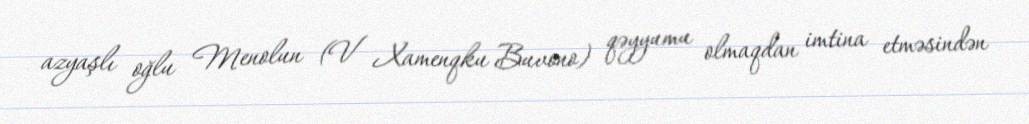
azyaşlı oğlu Menolun (V Xamenqku Buvono) qəyyumu olmaqdan imtina etməsindən